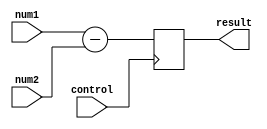
module fixed_point_subtractor(
    input signed [15:0] num1,
    input signed [15:0] num2,
    input control,
    output reg signed [15:0] result
);

always @ (posedge control)
begin
    result <= num1 - num2;
end

endmodule